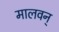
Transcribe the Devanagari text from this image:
मालवन्